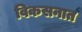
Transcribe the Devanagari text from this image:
विकसनात